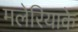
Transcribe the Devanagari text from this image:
मलेरियाके